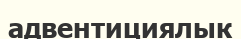
адвентициялык